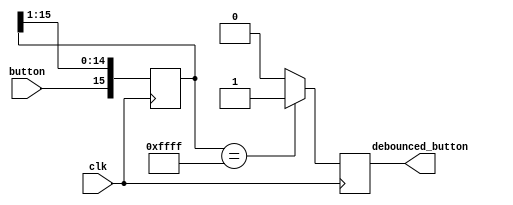
`timescale 1ns / 1ps

//////////////////////////////////////////////////////////////////////////////////
// Company: 
// Engineer: 
// 
// Design Name: 
// Module Name: button_debouncer
// Project Name: 
// Target Devices: 
// Tool Versions: 
// Description: 
// 
// Dependencies: 
// 
// Revision:
// Revision 0.01 - File Created
// Additional Comments:
// 
//////////////////////////////////////////////////////////////////////////////////

// Borrowed code from an old lab from CMPE 125

module button_debouncer #(parameter depth = 16) (
    input wire clk,                 /* 5 KHz clock */
    input wire button,              /* Input button from constraints */
    output reg debounced_button);
    
    localparam history_max = (2**depth)-1;

    /* History of sampled input button */
    reg [depth-1:0] history;

    always @ (posedge clk)
    begin
        /* Move history back one sample and insert new sample */
        history <= { button, history[depth-1:1] };
        
        /* Assert debounced button if it has been in a consistent state throughout history */
        debounced_button <= (history == history_max) ? 1'b1 : 1'b0;
    end
endmodule